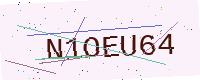
Text: N1OEU64